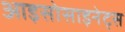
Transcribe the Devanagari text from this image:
आइसोसाइनेट्स